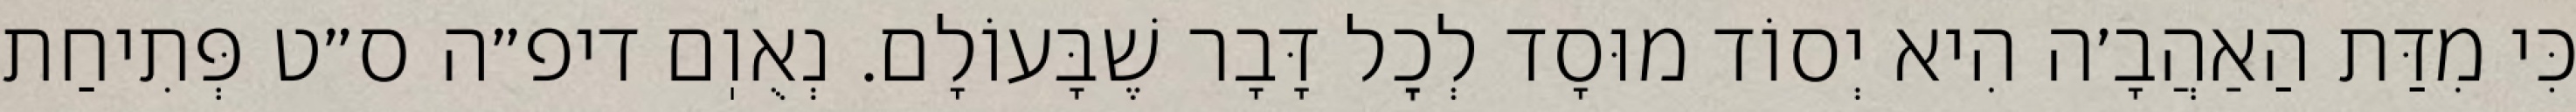
כִּי מִדַּת הַאַהֲבָ׳ה הִיא יְסוֹד מוּסָד לְכׇל דָּבָר שֶׁבָּעוֹלָם. נְאֻוֽם דיפ״ה ס״ט פְּתִיחַת